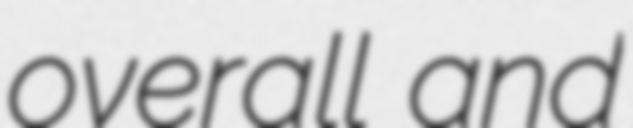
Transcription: overall and